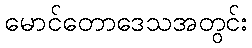
မောင်တောဒေသအတွင်း